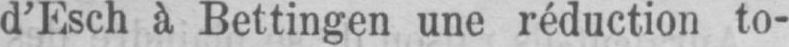
d’Esch à Bettingen une réduction to-